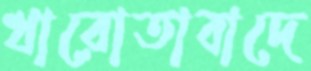
খারোতাবাদে